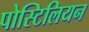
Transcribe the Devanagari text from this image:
पोस्टिलियन